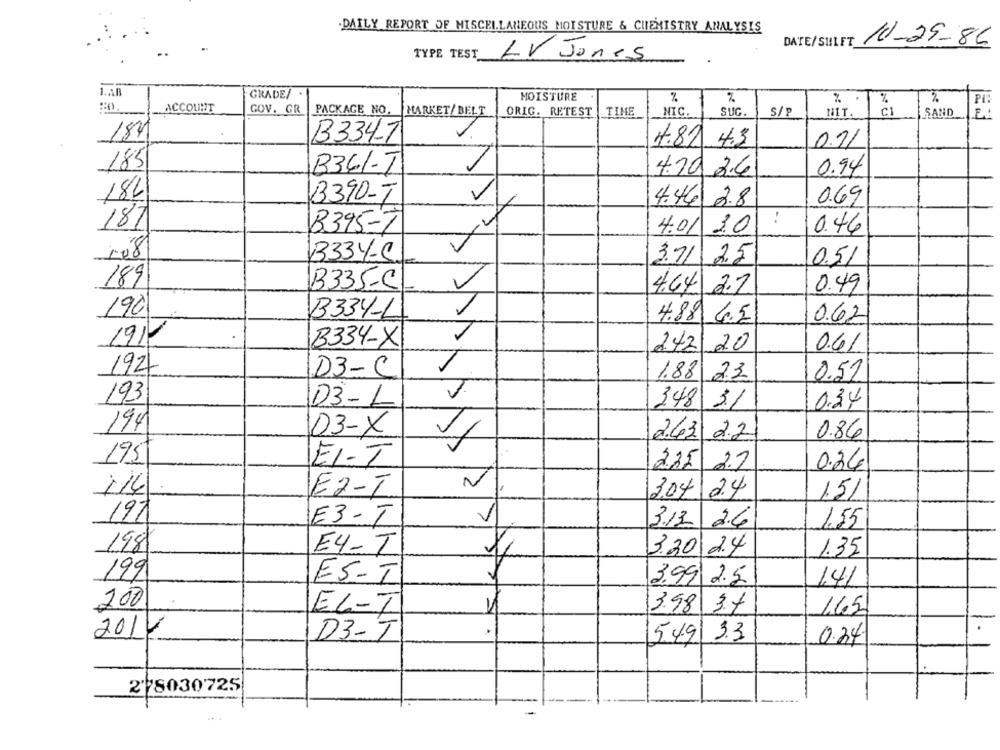
.DAILY REPORT OF MISCELLANEOUS MOISTURE & CHEMISTRY ANALYSIS
DATE/SULFT
10-29-86
TYPE TEST
LV Jones
GRADE/
MOISTURE
%
%
%
ACCOUNT
GOV. GR
PACKAGE NO.
ORIG. RETEST
TIME
SUG.
S/P
CI
HARKET/ BELT
NIC.
NIT.
SAND
181
B334-7
4.87.4.3
0.71
185
B361-T
4.10 2.6
0.94
186
B390-T
4.46 2.8
0.69
B395-T
187
4.01 .0
0.46
3334-S.
3.71
2.5
0.51
189
B335-C
4.64 2.2
0.49
190
B334-L
4.88 6.5
0.62
19/
B334-X
0.6/
2.42/ 20
192
D3-C
0.51
1.88 23
193
D3-
348 3.1
0.34
194
03-X
2.43 2.2
0.86
195
E1-T
225 2.7
0.24
114
E2-T
15/
3.04
197
E3- I
3.13 2.6
1.55
198
E4-T
3.30 24
1.35
199
ES-T
3.99 2.5
141
200
16.5
EL-T
3.98 3.4
D3-T
5 49 33
201
0.34
278030725